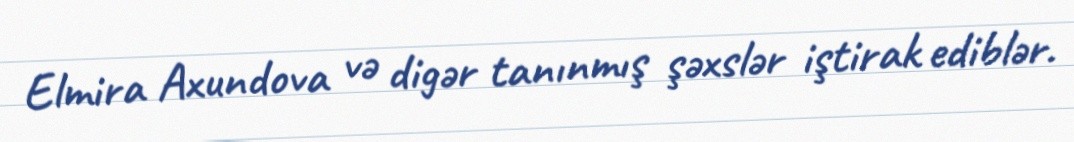
Elmira Axundova və digər tanınmış şəxslər iştirak ediblər.